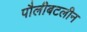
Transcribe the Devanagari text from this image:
पौलीबटलीन